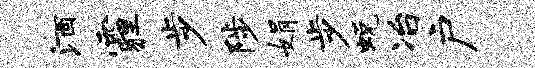
酒霾步陟娟步蜕冶户